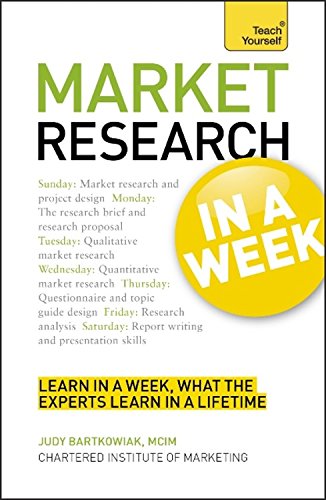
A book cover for Market Research in a Week (Teach Yourself: Business); Judy Bartkowiak; Business & Money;